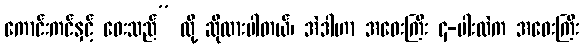
ကောင်းကင်နှင့် ဝေးသည်” လို့ ဆိုထားပါတယ်၊ အဲဒါဟာ အဝေးကြီး ၄-ပါးထဲက အဝေးကြီး